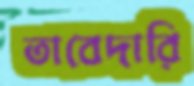
তাবেদারি